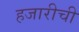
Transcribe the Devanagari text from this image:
हजारीची